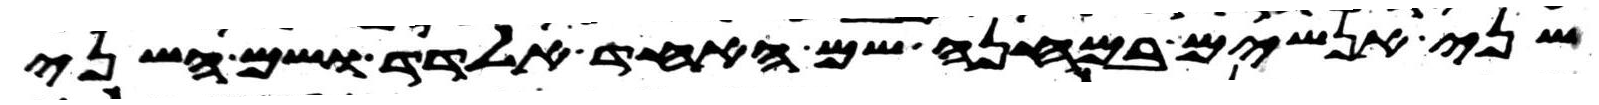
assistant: שני אנשים במחנה שם האחד אלדד ושם השני